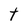
Character: t